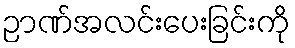
ဉာဏ်အလင်းပေးခြင်းကို